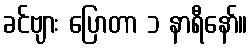
ခင်ဗျား ပြောတာ ၁ နာရီနော်။